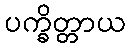
ပက္ခိတ္တာယ